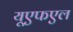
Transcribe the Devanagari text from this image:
यूएफएल